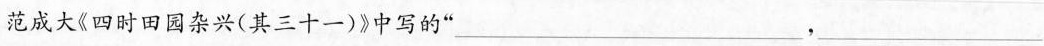
范成大《四时田园杂兴(其三十一)》中写的”___，___